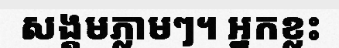
សង្គមភ្លាមៗ។ អ្នកខ្លះ